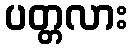
ပတ္တလား